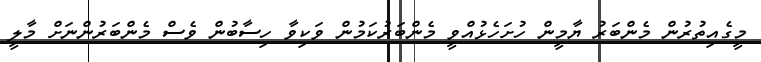
މީގެއިތުރުން މެންބަރު ޔާމީން ހުށަހެޅުއްވީ މެންބަރުކަމުން ވަކިވާ ހިސާބުން ވެސް މެންބަރުންނަށް މާލީ